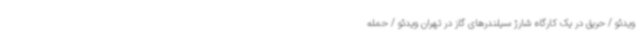
ویدئو / حریق در یک کارگاه شارژ سیلندرهای گاز در تهران ویدئو / حمله